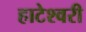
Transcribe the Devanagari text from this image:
हाटेश्वरी